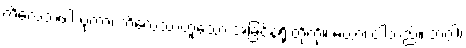
ကိလေသဖါသုကာ၊ ကိလေသာဟူသော အခြင်နံရိုးတို့ကို။ မယာ၊ ငါသည်။ ဘဂ္ဂါ၊